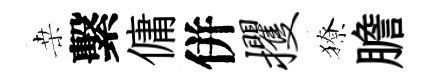
桒繫傭併攫獠膽